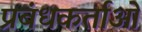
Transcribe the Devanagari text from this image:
प्रबंधकर्ताओं